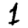
Digit: 1